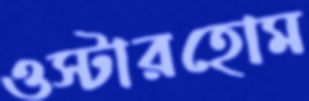
ওস্টারহোম